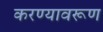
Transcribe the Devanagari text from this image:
करण्यावरूण